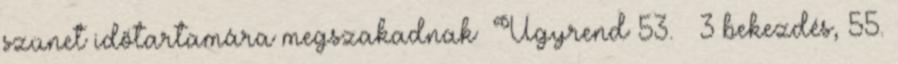
szünet időtartamára megszakadnak Ügyrend 53. § 3 bekezdés, 55.